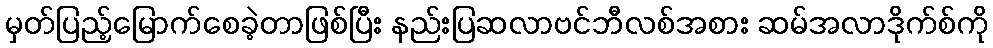
မှတ်ပြည့်မြောက်စေခဲ့တာဖြစ်ပြီး နည်းပြဆလာဗင်ဘီလစ်အစား ဆမ်အလာဒိုက်စ်ကို